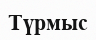
Түрмыс